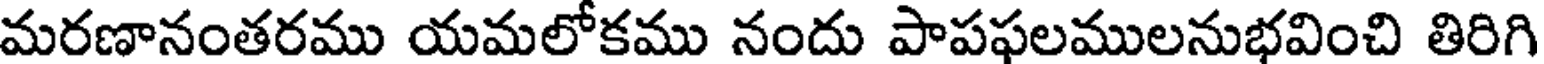
మరణానంతరము యమలోకము నందు పాపఫలములనుభవించి తిరిగి